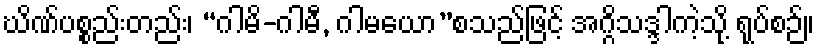
ဃိဏ်ပစ္စည်းတည်း၊ “ဂါမိ-ဂါမီ, ဂါမယော”စသည်ဖြင့် အဂ္ဂိသဒ္ဒါကဲ့သို့ ရုပ်စဉ်။